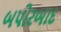
બપોરબાદ